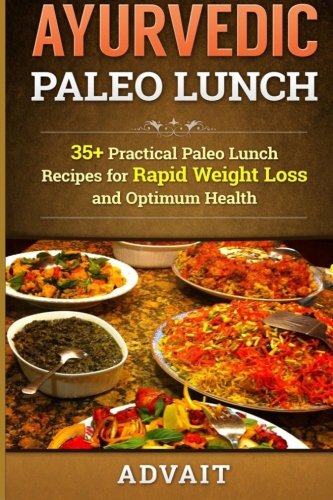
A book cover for Ayurvedic Paleo Lunch: 35+ Practical Paleo Lunch Recipes for Rapid Weight Loss and Optimum Health; Advait; Health, Fitness & Dieting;